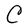
Character: C